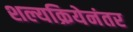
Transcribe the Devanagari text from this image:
शल्यक्रियेनंतर